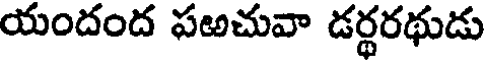
యందంద పఱచువా డర్థరథుడు